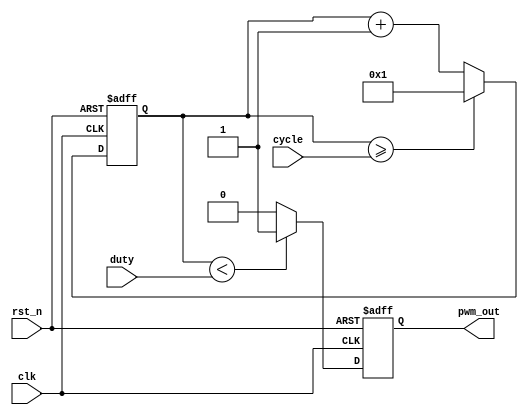
// --------------------------------------------------------------------
// >>>>>>>>>>>>>>>>>>>>>>>>> COPYRIGHT NOTICE <<<<<<<<<<<<<<<<<<<<<<<<<
// --------------------------------------------------------------------
// Module: pwm
// 
// 
// Description: pwm
// 
// Web: www.stepfpga.com
//
// --------------------------------------------------------------------
// Code Revision History :
// --------------------------------------------------------------------
// Version: |Mod. Date:   |Changes Made:
// V1.0     |2015/11/11   |Initial ver
// --------------------------------------------------------------------
module pwm #(
		parameter	WIDTH = 32	//ensure that 2**WIDTH > cycle
	)
	(
		input					clk,
		input					rst_n,
		input	[WIDTH-1:0]	cycle,	//cycle > duty
		input	[WIDTH-1:0]	duty,		//duty < cycle
		output	reg		pwm_out
);
 
reg	[WIDTH-1:0]	cnt;
//counter for cycle
always @(posedge clk or negedge rst_n)
	if(!rst_n) 
		cnt <= 1'b1;
	else if(cnt >= cycle) 
		cnt <= 1'b1;
	else 
		cnt <= cnt + 1'b1;

//pulse with duty
always @(posedge clk or negedge rst_n)
	if(!rst_n) 
		pwm_out <= 1'b1;
	else if(cnt < duty) 
		pwm_out <= 1'b1;
	else 
		pwm_out <= 1'b0;

endmodule